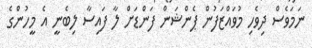
ނަމަވެސް ދިވެހި މުވައްޒަފުން ޕެންޝަން ފަންޑަށް ލާ ފައިސާ ލިބެނީ އެ މީހުންގެ